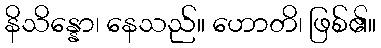
နိသိန္နော၊ နေသည်။ ဟောတိ၊ ဖြစ်၏။